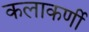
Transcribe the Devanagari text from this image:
कलाकर्णी